Vaccination in the Punjab 1883-1896 - 1883-1896
Year: 1883
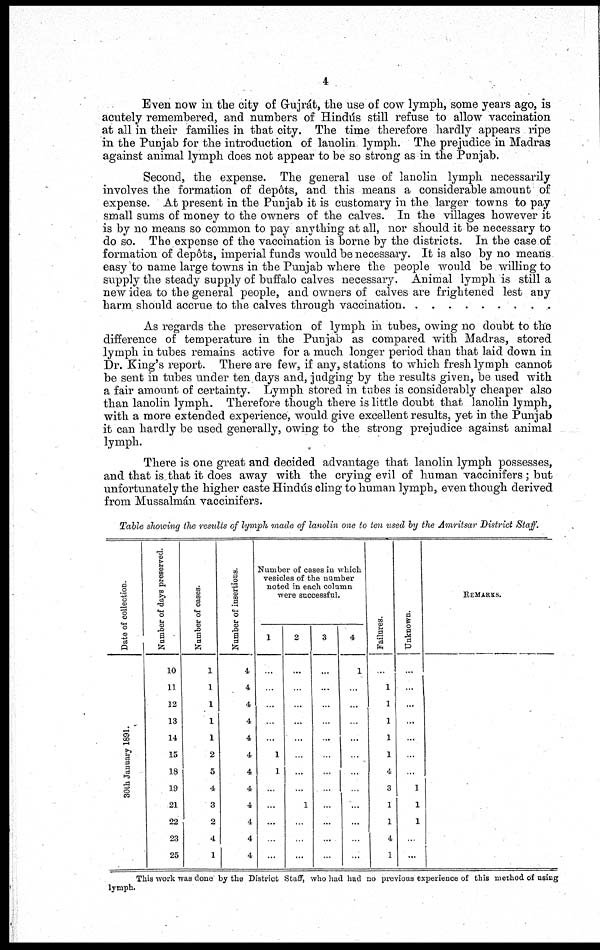
4
Even now in the city of Gujrát, the use of cow lymph, some years ago, is
acutely remembered, and numbers of Hindús still refuse to allow vaccination
at all in their families in that city. The time therefore hardly appears ripe
in the Punjab for the introduction of lanolin lymph. The prejudice in Madras
against animal lymph does not appear to be so strong as in the Punjab.
Second, the expense. The general use of lanolin lymph necessarily
involves the formation of depôts, and this means a considerable amount of
expense. At present in the Punjab it is customary in the larger towns to pay
small sums of money to the owners of the calves. In the villages however it
is by no means so common to pay anything at all, nor should it be necessary to
do so. The expense of the vaccination is borne by the districts. In the case of
formation of depôts, imperial funds would be necessary. It is also by no means
easy to name large towns in the Punjab where the people would be willing to
supply the steady supply of buffalo calves necessary. Animal lymph is still a
new idea to the general people, and owners of calves are frightened lest any
harm should accrue to the calves through vaccination
As regards the preservation of lymph in tubes, owing no doubt to the
difference of temperature in the Punjab as compared with Madras, stored
lymph in tubes remains active for a much longer period than that laid down in
Dr. King's report. There are few, if any, stations to which fresh lymph cannot
be sent in tubes under ten days and, judging by the results given, be used with
a fair amount of certainty. Lymph stored in tubes is considerably cheaper also
than lanolin lymph. Therefore though there is little doubt that lanolin lymph,
with a more extended experience, would give excellent results, yet in the Punjab
it can hardly be used generally, owing to the strong prejudice against animal
lymph.
There is one great and decided advantage that lanolin lymph possesses,
and that is that it does away with the crying evil of human vaccinifers ; but
unfortunately the higher caste Hindús cling to human lymph, even though derived
from Mussalmán vaccinifers.
Table showing the results of lymph made of lanolin one to ten used by the Amritsar District Staff.
Date of collection.
30th January 1891.
Number of days preserved.
10
11
12
13
14
15
18
19
21
22
23
25
Number of cases.
1
1
1
1
1
2
5
4
3
2
4
1
Number of insertions.
4
4
4
4
4
4
4
4
4
4
4
4
Number of cases in which
vesicles of the number
noted in each column
were successful.
1
...
...
...
...
...
1
1
...
...
...
...
...
2
...
...
...
...
...
...
...
...
1
...
...
...
3
...
...
...
...
...
...
...
...
...
...
...
...
4
1
...
...
...
...
...
...
...
...
...
...
...
Failures.
...
1
1
1
1
1
4
3
1
1
4
1
Unknown.
...
...
...
...
...
...
...
1
1
1
...
...
REMARKS.
...
...
...
...
...
...
...
...
...
...
...
...
This work was done by the District Staff, who had had no previous experience of this method of using
lymph.